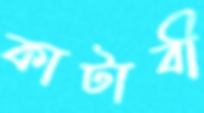
কাটাবী